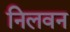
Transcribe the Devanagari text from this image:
निलवन